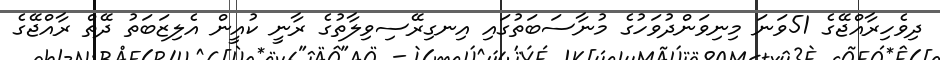
ދިވެހިރާއްޖޭގެ 51ވަނަ މިނިވަންދުވަހުގެ މުނާސަބަތުގައި އިނގިރޭސިވިލާތުގެ ރާނީ ކުއީން އެލިޒަބަތު ދޭތް ރާއްޖޭގެ